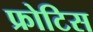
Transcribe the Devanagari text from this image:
फ्रोटिस